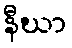
နီဃာ